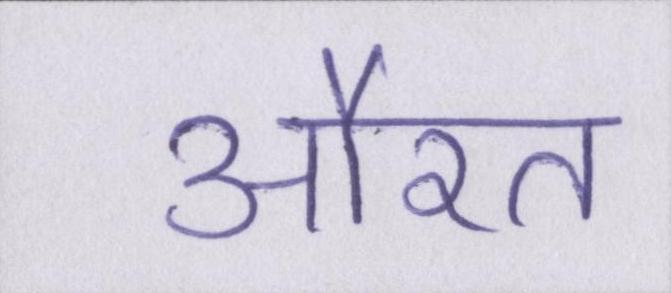
औरत